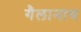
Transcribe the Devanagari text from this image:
गैलानाथ